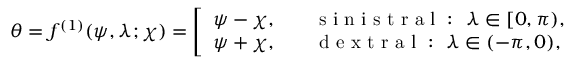
{ \theta } = f ^ { ( 1 ) } ( \psi , \lambda ; \chi ) = \left[ \begin{array} { l l } { \psi - \chi , } & { \quad \mathrm { ~ s ~ i ~ n ~ i ~ s ~ t ~ r ~ a ~ l ~ : ~ } ~ { \lambda } \in [ 0 , \pi ) , } \\ { \psi + \chi , } & { \quad \mathrm { ~ d ~ e ~ x ~ t ~ r ~ a ~ l ~ : ~ } ~ { \lambda } \in ( - \pi , 0 ) , } \end{array} \right.